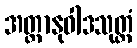
အတ္တာနုဝါဒသုတ္တံ